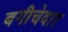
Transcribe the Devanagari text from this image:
बगीचेदार